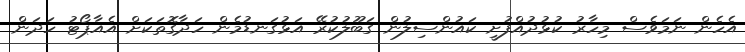
އެހެން ނަމަވެސް މިހާރު ކުޅުދުއްފުށީ ކައުންސިލުން ގަބޫލުކުރޭ އަޅުގަނޑުމެން ހަދާގޮތަކަށް އެއާޕޯޓު ހަދަން